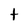
Character: t